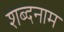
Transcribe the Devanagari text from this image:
शब्दनाम